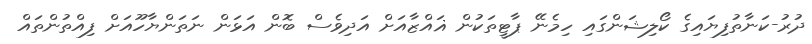
ދުރު-ކަނާތުފިޔައިގެ ކޯލިޝަންގައި ހިމެނޭ ޕާޓީތަކުން ޣައްޒާއަށް އަދިވެސް ބޮން އަޅަން ނަތަންޔާހޫއަށް ފިއްތުންތައް